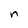
Character: n